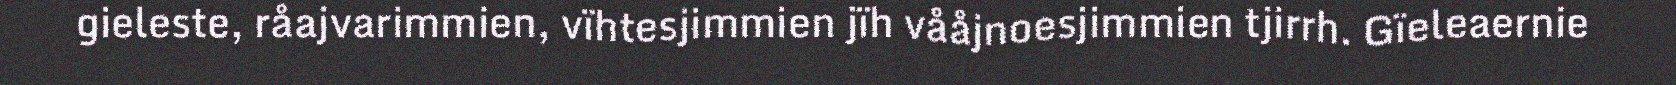
gieleste, råajvarimmien, vïhtesjimmien jïh vååjnoesjimmien tjirrh. Gïeleaernie